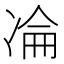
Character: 𠗣